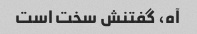
آه، گفتنش سخت است